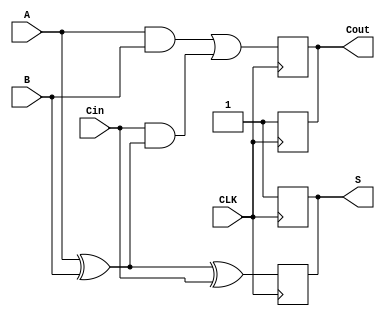
module dynamic_full_adder (
    input wire A,        // first input bit
    input wire B,        // second input bit
    input wire Cin,      // carry-in bit
    input wire CLK,      // clock signal
    output wire S,       // sum output
    output wire Cout     // carry-out output
);

    reg S_int, Cout_int; // internal registers for storing outputs

    // Precharge phase: When CLK is high, precharge outputs
    always @(posedge CLK) begin
        S_int <= 1'b1; // Precharge sum to '1'
        Cout_int <= 1'b1; // Precharge carry-out to '1'
    end

    // Evaluate phase: When CLK is low, compute outputs
    always @(negedge CLK) begin
        // Compute Sum: S = A XOR B XOR Cin
        S_int <= A ^ B ^ Cin;

        // Compute Carry-out: Cout = (A AND B) OR (Cin AND (A XOR B))
        Cout_int <= (A & B) | (Cin & (A ^ B));
    end

    // Assign internal registers to outputs
    assign S = S_int;
    assign Cout = Cout_int;

endmodule